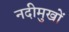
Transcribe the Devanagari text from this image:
नदीमुखों